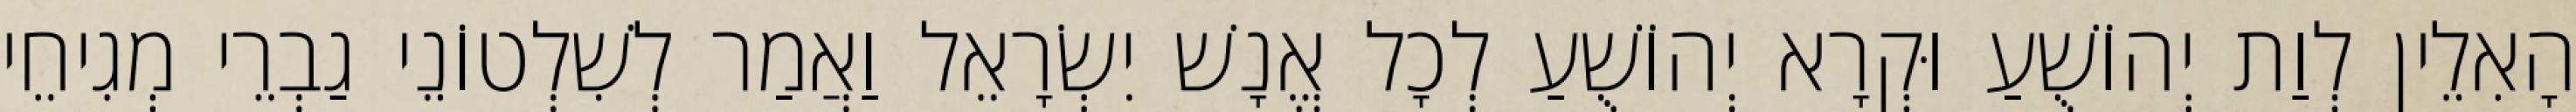
הָאִלֵין לְוַת יְהוֹשֻׁעַ וּקְרָא יְהוֹשֻׁעַ לְכָל אֱנָשׁ יִשְׂרָאֵל וַאֲמַר לְשִׁלְטוֹנֵי גַבְרֵי מְגִיחֵי